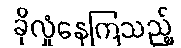
ခိုလှုံနေကြသည့်